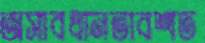
অসাবধানতাবশত